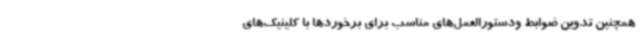
همچنین تدوین ضوابط ودستورالعمل‌های مناسب برای برخوردها با کلینیک‌های